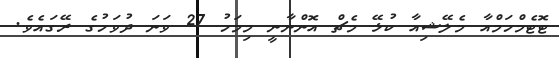
ޓޮޓެމްހަމްއާ މެލޭޝިއާ ކުޅޭ މެޗް އޮންނާނީ މިމަހު 27 ވަނަ ދުވަހުގެ ރޭގައެވެ.